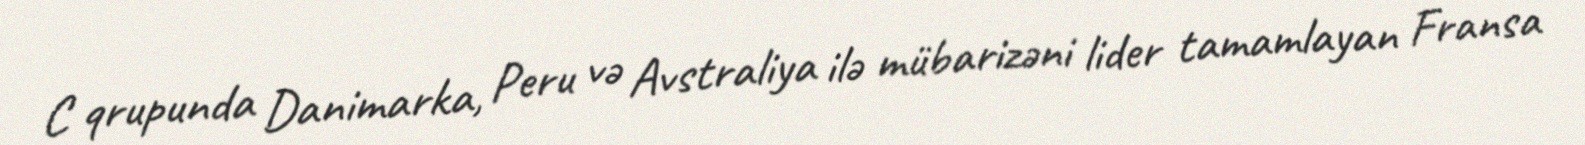
C qrupunda Danimarka, Peru və Avstraliya ilə mübarizəni lider tamamlayan Fransa